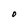
Character: O